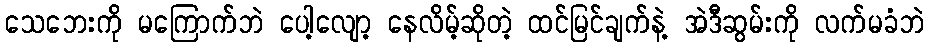
သေဘေးကို မကြောက်ဘဲ ပေါ့လျော့ နေလိမ့်ဆိုတဲ့ ထင်မြင်ချက်နဲ့ အဲဒီဆွမ်းကို လက်မခံဘဲ